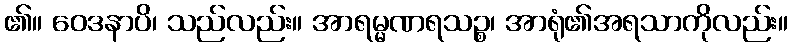
၏။ ဝေဒနာပိ၊ သည်လည်း။ အာရမ္မဏရသဉ္စ၊ အာရုံ၏အရသာကိုလည်း။